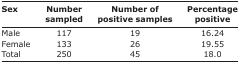
| Sex | Number sampled | Number of positive samples | Percentage positive |
 | --- | --- | --- | --- |
 | Male | 117 | 19 | 16.24 |
 | Female | 133 | 26 | 19.55 |
 | Total | 250 | 45 | 18.0 |